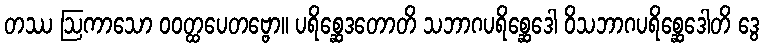
တဿ ဩကာသော ဝဝတ္ထပေတဗ္ဗော။ ပရိစ္ဆေဒတောတိ သဘာဂပရိစ္ဆေဒေါ ဝိသဘာဂပရိစ္ဆေဒေါတိ ဒွေ